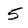
Character: 5